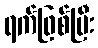
ရက်ဖြစ်ပြီး